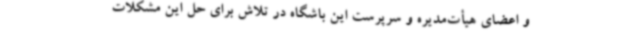
و اعضای هیأت‌مدیره و سرپرست این باشگاه در تلاش برای حل این مشکلات